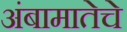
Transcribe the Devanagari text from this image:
अंबामातेचे